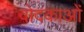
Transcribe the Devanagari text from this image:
वोदकाओं